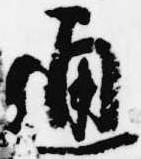
通